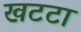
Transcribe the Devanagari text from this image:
खटटा